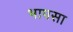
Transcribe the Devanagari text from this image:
भापसा